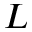
L